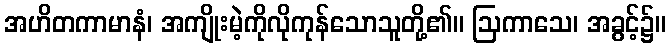
အဟိတကာမာနံ၊ အကျိုးမဲ့ကိုလိုကုန်သောသူတို့၏။ ဩကာသေ၊ အခွင့်၌။